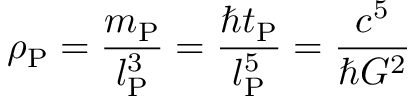
\rho _ { \mathrm { P } } = { \frac { m _ { \mathrm { P } } } { l _ { \mathrm { P } } ^ { 3 } } } = { \frac { \hbar t _ { \mathrm { P } } } { l _ { \mathrm { P } } ^ { 5 } } } = { \frac { c ^ { 5 } } { \hbar G ^ { 2 } } }